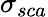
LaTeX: \sigma_{sca}